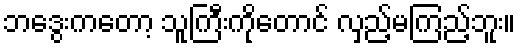
ဘဒွေးကတော့ သူကြီးကိုတောင် လှည့်မကြည့်ဘူး။